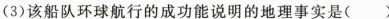
(3)该船队环球航行的成功能说明的地理事实是()